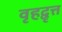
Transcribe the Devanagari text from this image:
वृहद्वृत्त